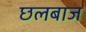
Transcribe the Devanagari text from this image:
छलबाज